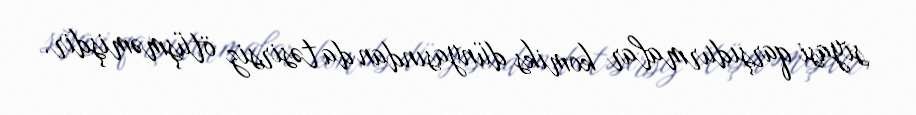
siyasi qarşıdurmalar komiks dünyasından da təsirsiz ötüşməmişdir.